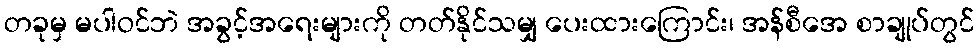
တခုမှ မပါဝင်ဘဲ အခွင့်အရေးများကို တတ်နိုင်သမျှ ပေးထားကြောင်း၊ အန်စီအေ စာချုပ်တွင်